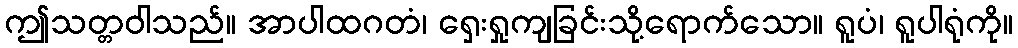
ဤသတ္တဝါသည်။ အာပါထဂတံ၊ ရှေးရှုကျခြင်းသို့ရောက်သော။ ရူပံ၊ ရူပါရုံကို။